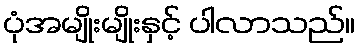
ပုံအမျိုးမျိုးနှင့် ပါလာသည်။